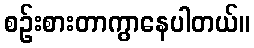
စဉ်းစားတာကွာနေပါတယ်။